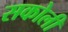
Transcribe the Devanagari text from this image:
सकोली